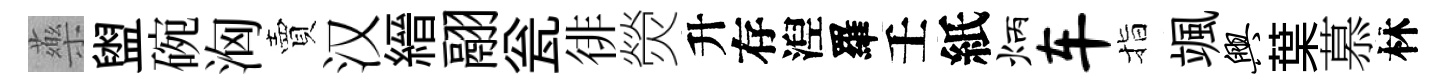
藥盥碗洶賣汉縉翮瓮徘熒升存湼羅壬紙炳车指颯兴葉慕林